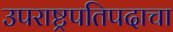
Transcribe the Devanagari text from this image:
उपराष्ट्रपतिपदाचा